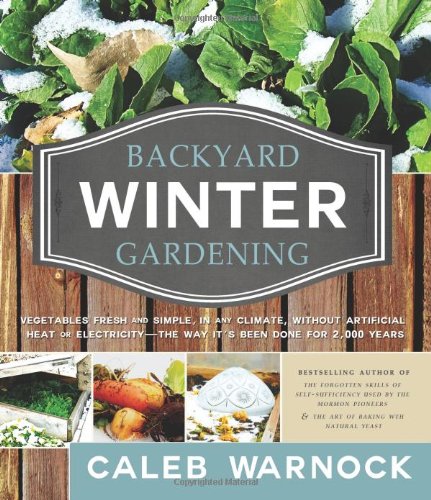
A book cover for Backyard Winter Gardening: Vegetables Fresh and Simple, in Any Climate Without Artificial Heat or Electricity the Way It's Been Done for 2,000 Ye; Caleb Warnock; Crafts, Hobbies & Home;